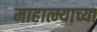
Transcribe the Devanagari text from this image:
माहात्म्याच्या